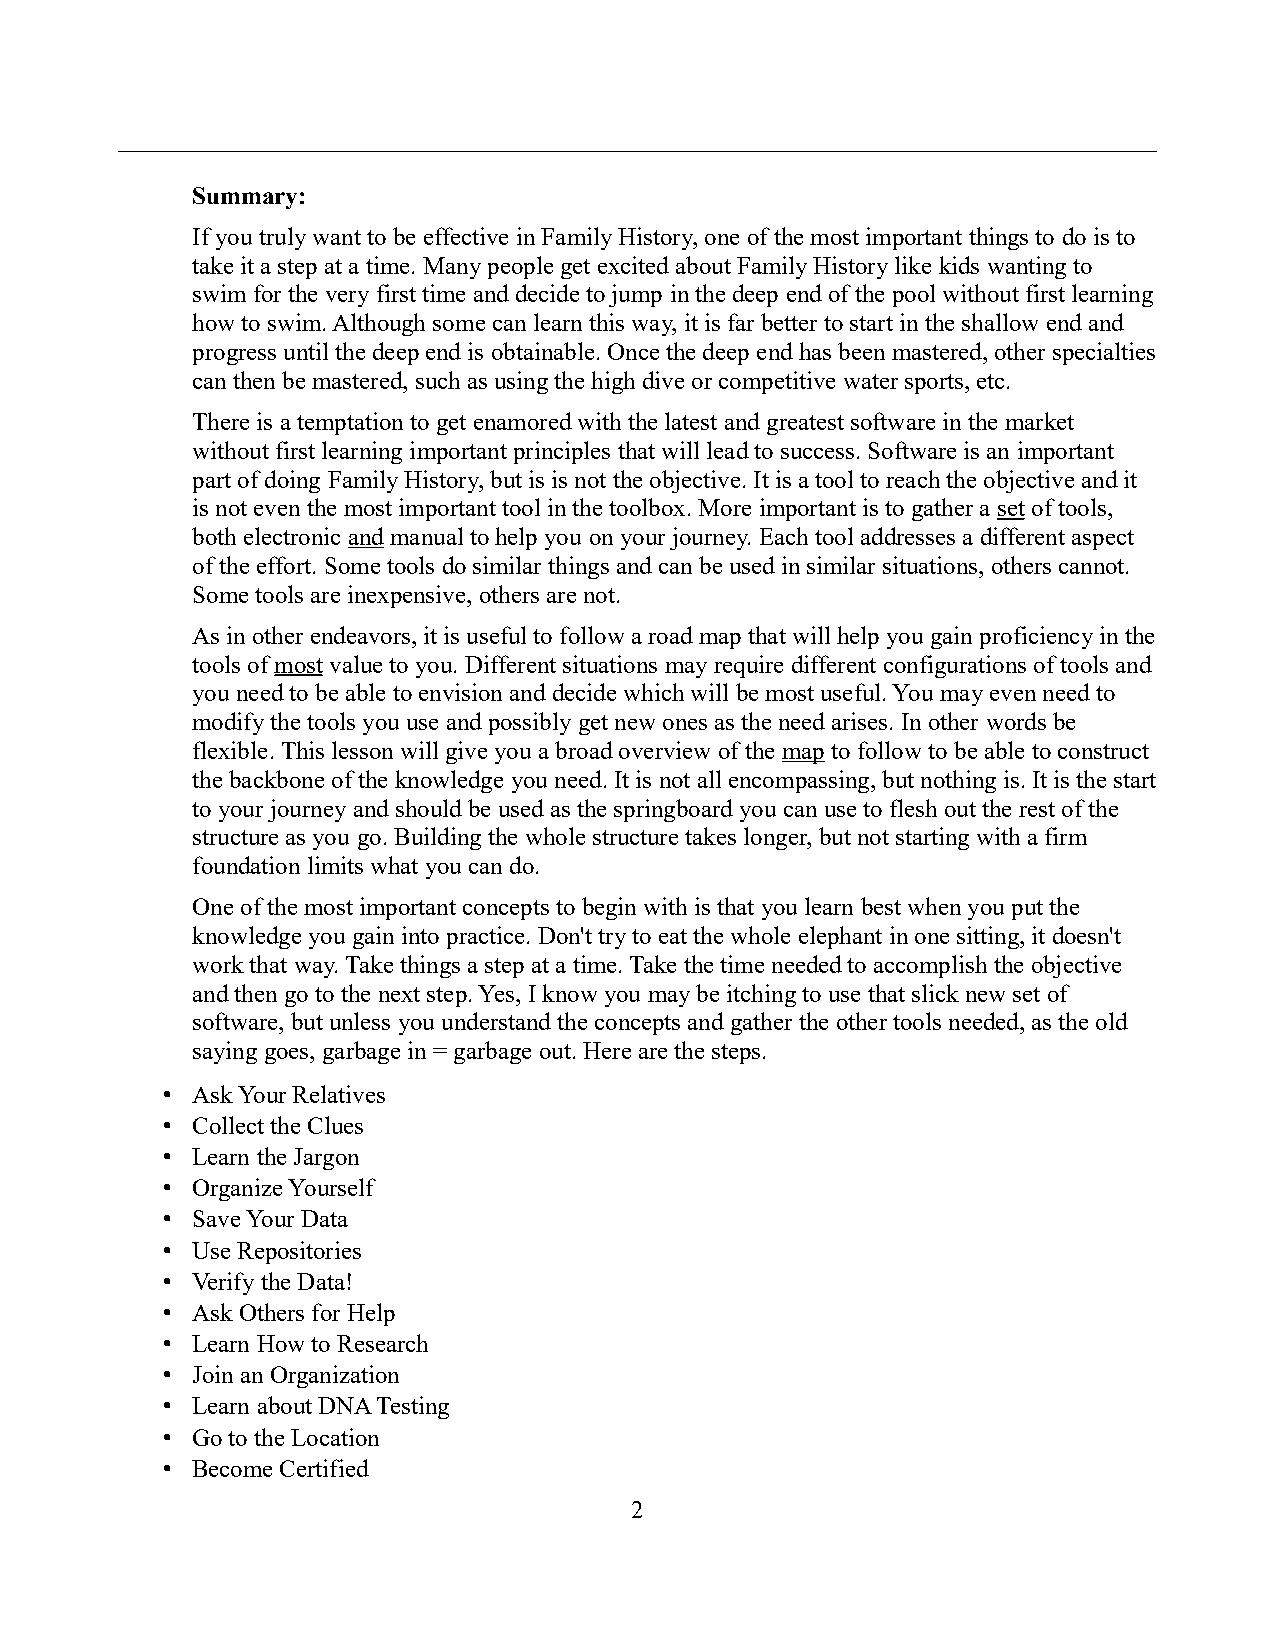
Summary:
 If you truly want to be effective in Family History, one of the most important things to do is to
 take it a step at a time. Many people get excited about Family History like kids wanting to
 swim for the very first time and decide to jump in the deep end of the pool without first learning
 how to swim. Although some can learn this way, it is far better to start in the shallow end and
 progress until the deep end is obtainable. Once the deep end has been mastered, other specialties
 can then be mastered, such as using the high dive or competitive water sports, etc.
 There is a temptation to get enamored with the latest and greatest software in the market
 without first learning important principles that will lead to success. Software is an important
 part of doing Family History, but is is not the objective. It is a tool to reach the objective and it
 is not even the most important tool in the toolbox. More important is to gather a set of tools,
 both electronic and manual to help you on your journey. Each tool addresses a different aspect
 of the effort. Some tools do similar things and can be used in similar situations, others cannot.
 Some tools are inexpensive, others are not.
 As in other endeavors, it is useful to follow a road map that will help you gain proficiency in the
 tools of most value to you. Different situations may require different configurations of tools and
 you need to be able to envision and decide which will be most useful. You may even need to
 modify the tools you use and possibly get new ones as the need arises. In other words be
 flexible. This lesson will give you a broad overview of the map to follow to be able to construct
 the backbone of the knowledge you need. It is not all encompassing, but nothing is. It is the start
 to your journey and should be used as the springboard you can use to flesh out the rest of the
 structure as you go. Building the whole structure takes longer, but not starting with a firm
 foundation limits what you can do.
 One of the most important concepts to begin with is that you learn best when you put the
 knowledge you gain into practice. Don't try to eat the whole elephant in one sitting, it doesn't
 work that way. Take things a step at a time. Take the time needed to accomplish the objective
 and then go to the next step. Yes, I know you may be itching to use that slick new set of
 software, but unless you understand the concepts and gather the other tools needed, as the old
 saying goes, garbage in = garbage out. Here are the steps.
 • Ask Your Relatives
 • Collect the Clues
 • Learn the Jargon
 • Organize Yourself
 • Save Your Data
 • Use Repositories
 • Verify the Data!
 • Ask Others for Help
 • Learn How to Research
 • Join an Organization
 • Learn about DNA Testing
 • Go to the Location
 • Become Certified
 2